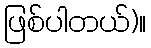
ဖြစ်ပါတယ်)။